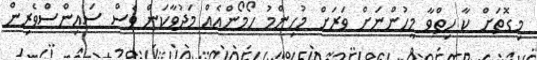
މިގޮތަށް ކާ ހިތްވާ މީހުންނަށް ވަރަށް މުހިންމު ހޯމޯންއެއް މަދުވާކަން ވެސް ސައިންސްވެރިން